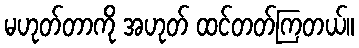
မဟုတ်တာကို အဟုတ် ထင်တတ်ကြတယ်။